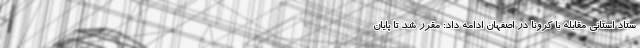
ستاد استانی مقابله با کرونا در اصفهان ادامه داد: مقرر شد تا پایان